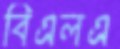
বিএলএ